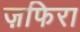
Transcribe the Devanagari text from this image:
ज़फिरा